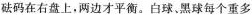
砝码在右盘上，两边才平衡。白球、黑球每个重多